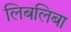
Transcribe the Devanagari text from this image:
लिबलिबा